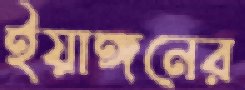
ইয়াঙ্গনের